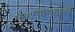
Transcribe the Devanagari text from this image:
करण्यव्यूहांनी